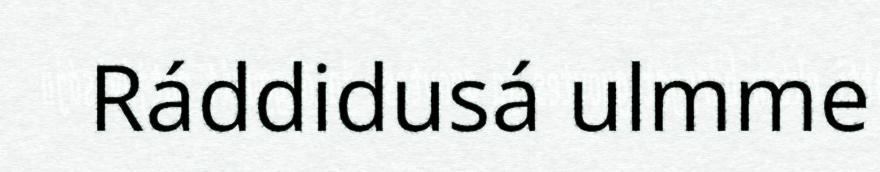
Ráddidusá ulmme